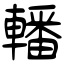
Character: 轓